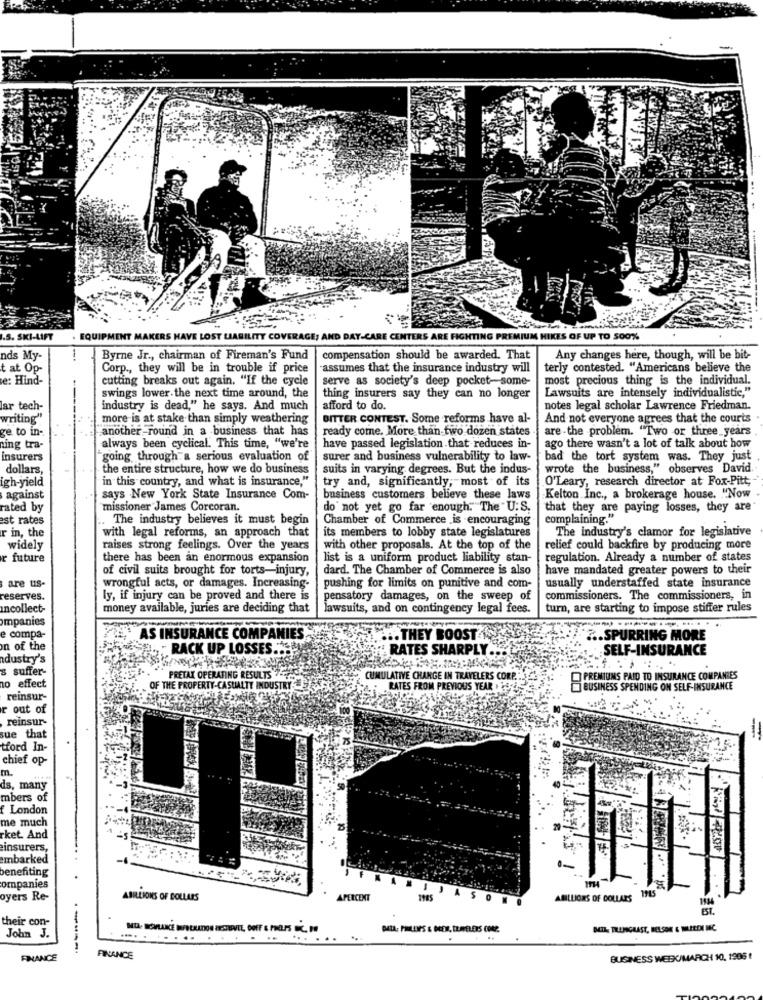
.S. SKI-LIFT
EQUIPMENT MAKERS HAVE LOST LIABILITY COVERAGE; AND DAY-CARE CENTERS ARE FIGHTING PREMIUM HIKES OF UP TO 500%
nds My-
Byrne Jr ., chairman of Fireman's Fund
compensation should be awarded. That
Any changes here, though, will be bit-
t at Op-
Corp ., they will be in trouble if price
-assumes that the insurance industry will
terly contested. "Americans believe the
e: Hind-
cutting breaks out again. "If the cycle
serve as society's deep pocket-some-
most precious thing is the individual.
Lawsuits are intensely individualistic,"
swings lower the next time around, the
thing insurers say they can no longer
lar tech-
industry is dead," he says. And much
afford to do.
notes legal scholar Lawrence Friedman.
writing
more is at stake than simply weathering
BITTER CONTEST. Some reforms have al-
And not everyone agrees that the courts
ge to in-
another -round in a business that has
ready come. More than two dozen states
are -the problem. "Two or three years
ning tra-
always been cyclical. This time, "we're
have passed legislation that reduces in-
ago there wasn't a lot of talk about how
insurers
going through a serious evaluation of
surer and business vulnerability to law-
bad the tort system was. They just
dollars,
the entire structure, how we do business
suits in varying degrees. But the indus-
wrote the business," observes David.
igh-yield
in this country, and what is insurance,"
try and, significantly, most of its
O'Leary, research director at Fox-Pitt;
against
says New York State Insurance Com-
business customers believe these laws
Kelton Inc ., a brokerage house. "Now
rated by
missioner James Corcoran.
do not yet go far enough. The U.S.
that they are paying losses, they are
est rates
The industry believes it must begin
Chamber of Commerce is encouraging
complaining."
r in, the
with legal reforms, an approach that
its members to lobby state legislatures
The industry's clamor for legislative
widely
raises strong feelings. Over the years
with other proposals. At the top of the
relief could backfire by producing more
future
there has been an enormous expansion
list is a uniform product liability stan-
regulation. Already a number of states
of civil suits brought for torts-injury,
dard. The Chamber of Commerce is also
have mandated greater powers to their
are us-
wrongful acts, or damages. Increasing-
usually understaffed state insurance
pushing for limits on punitive and com-
reserves.
ly, if injury can be proved and there is
pensatory damages, on the sweep of
commissioners. The commissioners, in
Incollect-
money available, juries are deciding that
lawsuits, and on contingency legal fees.
turn, are starting to impose stiffer rules
ompanies
compa-
AS INSURANCE COMP
... THEY BOOST
.. SPURRING MORE
n of the
RACK UP LOSSES."
RATES SHARPLY
SELF-INSURANCE
dustry's
s suffer-
PRETAX OPERATING RESULTS
CUMULATIVE CHANGE IN TRAVELERS CORP.
PREMIUMS PAID TO INSURANCE COMPANIES
no effect
OF THE PROPERTY-CASUALTY INDUSTR
RATES FROM PREVIOUS YEAR . 35
BUSINESS SPENDING ON SELF-INSURANCE
reinsur-
r out of
reinsur-
sue that
tford In-
chief op-
m.
ds, many
mbers of
London
me much
rket. And
insurers,
embarked
benefiting
m
ompanies
oyers Re-
ABILLIONS OF DOLLARS
APERCENT
ABILLIONS OF DOLLARS
1934
their con-
DATA: PHILLIPS & DREW, DERELERS CORP.
John J.
.....
....
------
FINANCE
FINANCE
BUSINESS WEEK/MARCH 10, 1996 !